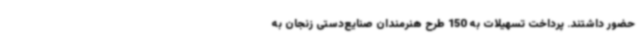
حضور داشتند. پرداخت تسهیلات به 150 طرح هنرمندان صنایع‌دستی زنجان به